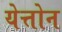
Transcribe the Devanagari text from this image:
येत्तोन